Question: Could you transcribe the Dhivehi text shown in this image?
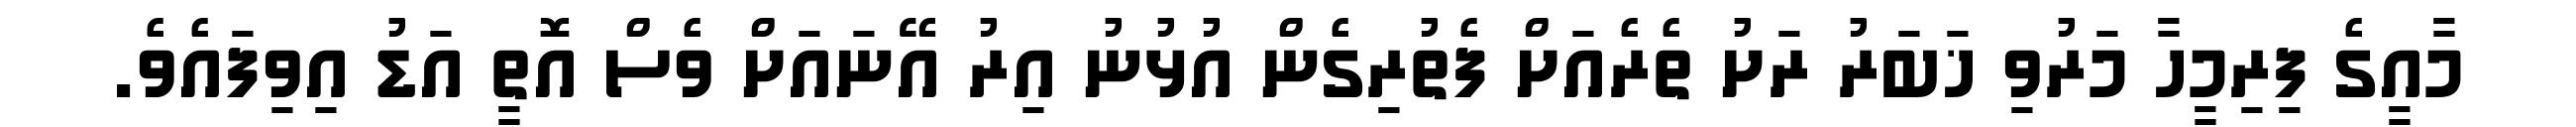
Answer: މާއީގެ ފިރިމީހާ މަރުވި ޚަބަރު ރަށު ތެރެއަށް ފެތުރިގެން އުޅުނު އިރު އޭނައަށް ވެސް އޮތީ އަޑު އިވިފައެވެ.